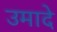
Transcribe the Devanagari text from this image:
उमादे